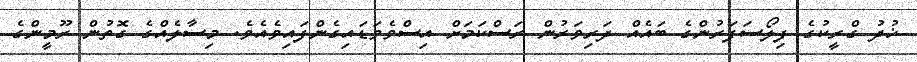
ޚުދު ގްރީކުގެ ފިލޯސަފަރުންގެ ބައެއް ދަރިވަރުން ރަސްކަމަށް އިސްވެވަޑައިގެންފައިވެއެވެ. މިސާލެއްގެ ގޮތުން ރޫމީންގެ